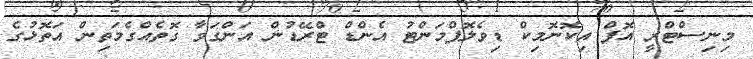
މިނިސްޓްރީ އޮފް އިކޮނޮމިކް ޑިވެލޮޕްމަންޓު އެންޑް ޓްރޭޑުން އަންގަވާ ގޮތެއްގެމަތިން އަތޮޅުގެ